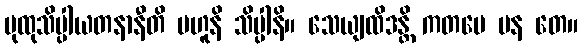
ပုထုသိပ္ပါယတနာနီတိ ဗဟူနိ သိပ္ပါနိ။ သေယျထိဒန္တိ ကတမေ ပန တေ။